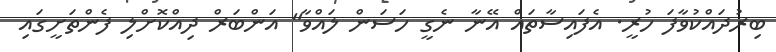
ބިރުދައްކުވާފަ ހުރީ. އެފައިސާތައް އޭނާ ނެގީ ހަސަން ލައްވާ" އަންބަރް ދިއްކޮށްލި ފެންތަށީގައި